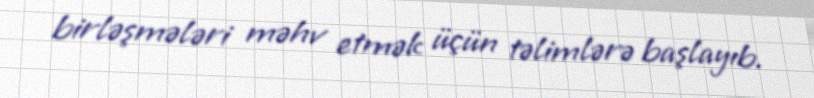
birləşmələri məhv etmək üçün təlimlərə başlayıb.